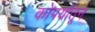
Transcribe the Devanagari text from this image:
कोपर्यातून